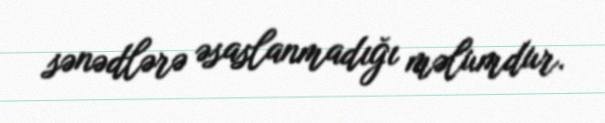
sənədlərə əsaslanmadığı məlumdur.